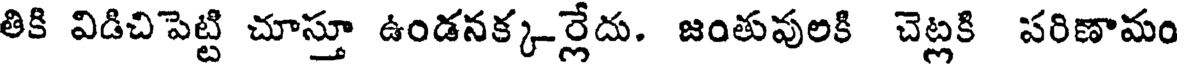
తికి విడిచిపెట్టి చూస్తూ ఉండనక్క-ర్లేదు. జంతువులకి చెట్లకి పరిణామం